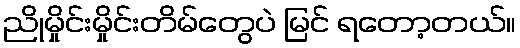
ညိုမှိုင်းမှိုင်းတိမ်တွေပဲ မြင် ရတော့တယ်။